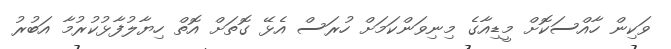
ވަކިން ހާއްސަކޮށް މީޑިއާގެ މިނިވަންކަމަށް ހުރަސް އެޅޭ ގޮތަށް އޮތް ހިޔާލުފާޅުކުރުމާ އަބުރު